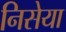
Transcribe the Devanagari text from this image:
निसेया